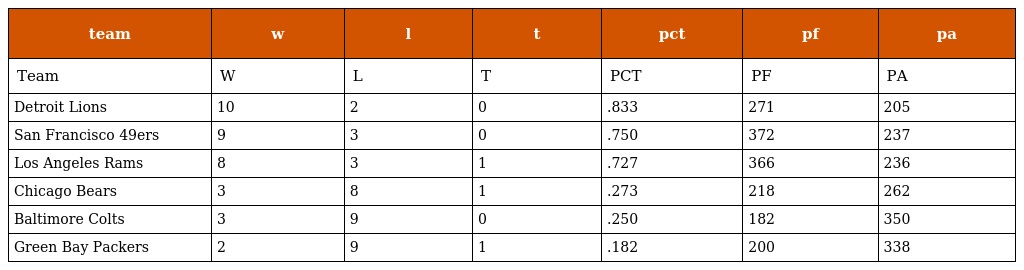
| team | w | l | t | pct | pf | pa |
 | --- | --- | --- | --- | --- | --- | --- |
 | Team | W | L | T | PCT | PF | PA |
 | Detroit Lions | 10 | 2 | 0 | .833 | 271 | 205 |
 | San Francisco 49ers | 9 | 3 | 0 | .750 | 372 | 237 |
 | Los Angeles Rams | 8 | 3 | 1 | .727 | 366 | 236 |
 | Chicago Bears | 3 | 8 | 1 | .273 | 218 | 262 |
 | Baltimore Colts | 3 | 9 | 0 | .250 | 182 | 350 |
 | Green Bay Packers | 2 | 9 | 1 | .182 | 200 | 338 |